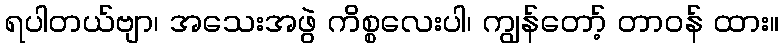
ရပါတယ်ဗျာ၊ အသေးအဖွဲ ကိစ္စလေးပါ၊ ကျွန်တော့် တာဝန် ထား။